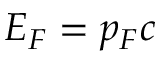
E _ { F } = p _ { F } c